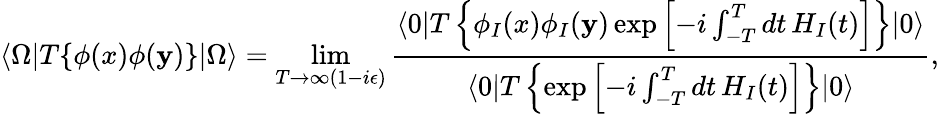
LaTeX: \langle\Omega|T\{ \phi(x)\phi(\mathbf{y})\} |\Omega\rangle=\operatorname*{lim}_{T\to\infty(1-i\epsilon)}{\frac{{\langle0|T\left\{ \phi_{I}(x)\phi_{I}(\mathbf{y})\exp\left[-i\int_{-T}^{T}dt\, H_{I}(t)\right]\right\} |0\rangle}}{{\langle0|T\left\{ \exp\left[-i\int_{-T}^{T}dt\, H_{I}(t)\right]\right\} |0\rangle}}},